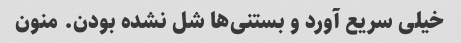
خیلی سریع آورد و بستنی‌ها شل نشده بودن. منون